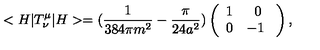
< H | T _ { \nu } ^ { \mu } | H > = ( \frac { 1 } { 3 8 4 \pi m ^ { 2 } } - \frac { \pi } { 2 4 a ^ { 2 } } ) \left( \begin{array} { c c } { 1 } & { 0 } \\ { 0 } & { - 1 \ } \\ \end{array} \right) ,